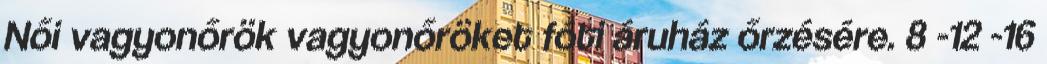
Női vagyonőrök vagyonőröket fóti áruház őrzésére. 8 -12 -16